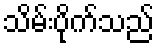
သိမ်းပိုက်သည်